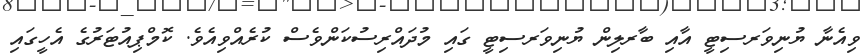
ވިއެނާ ޔުނިވަރސިޓީ އާއި ބާރލިން ޔުނިވަރސިޓީ ގައި މުދައްރިސުކަންވެސް ކުރެއްވިއެވެ. ކޮމްޕިއުޓަރުގެ އެހީގައި